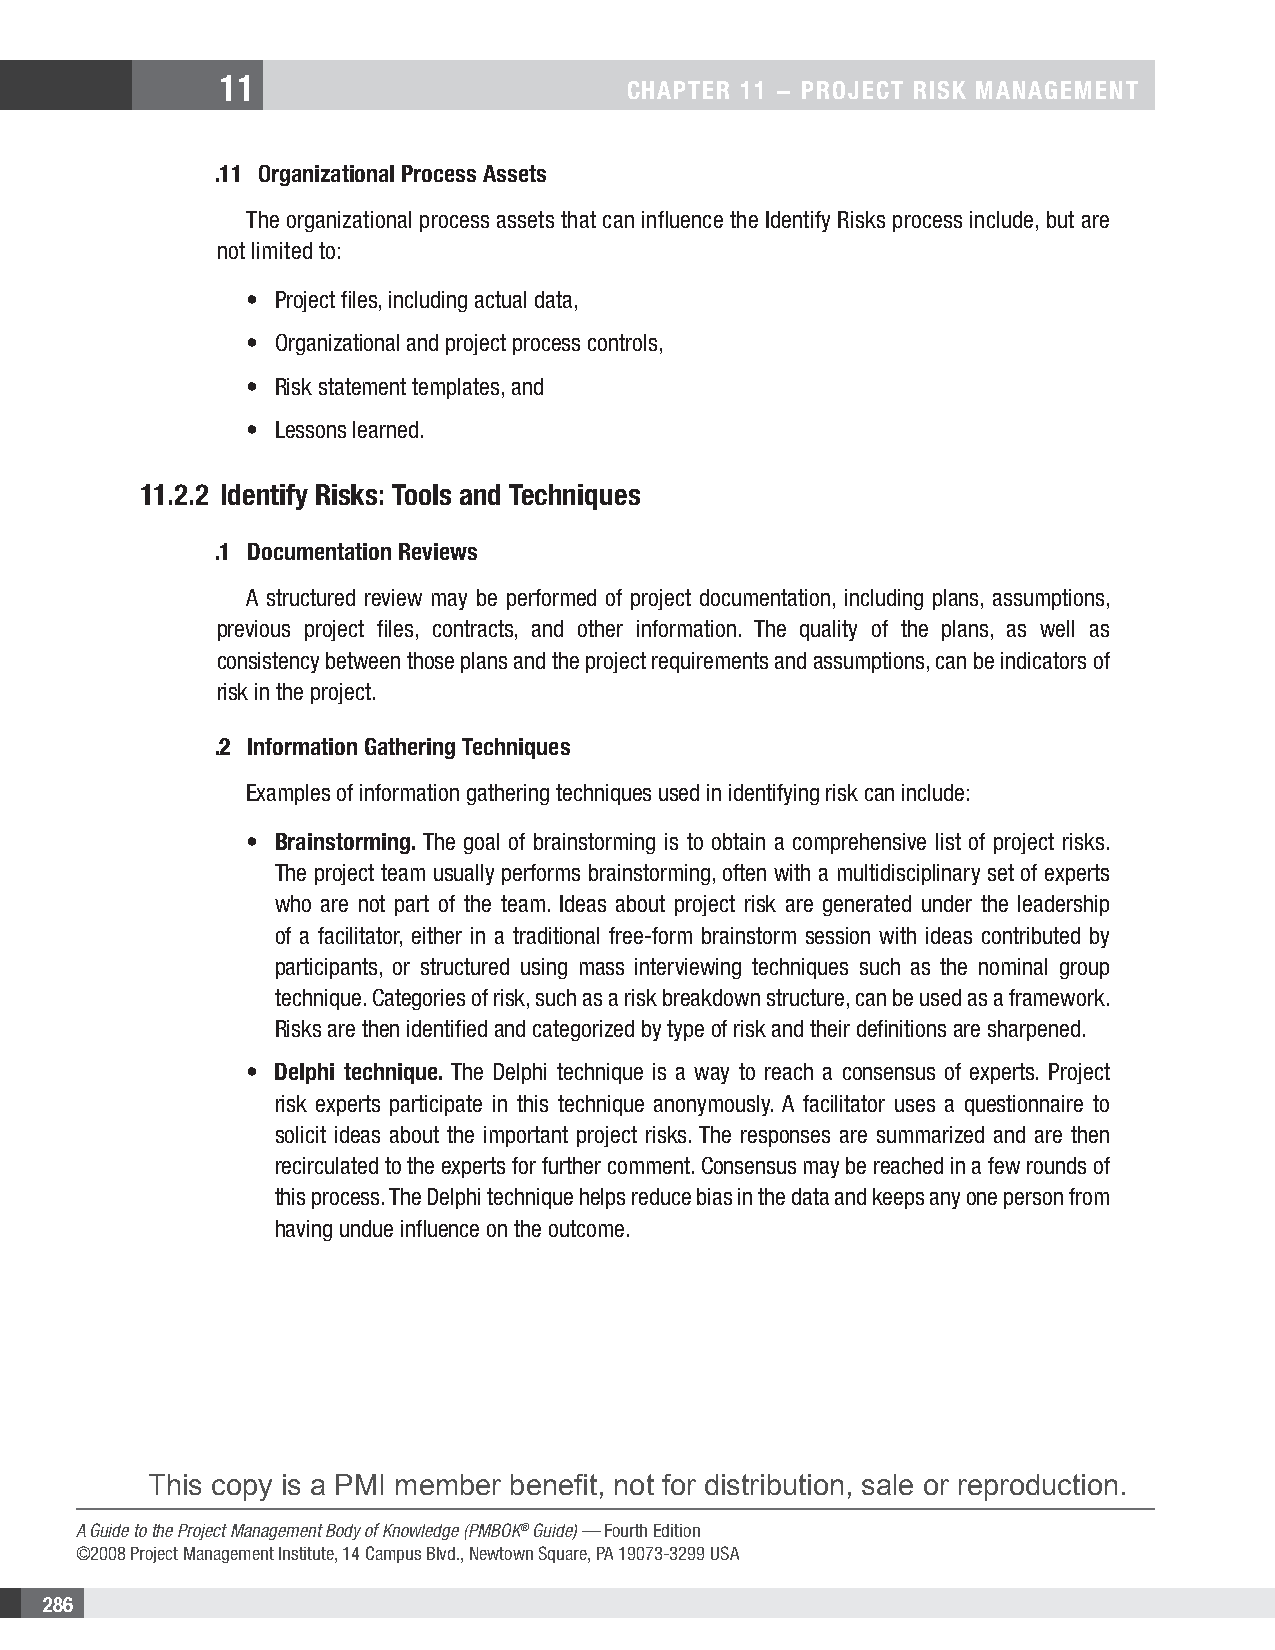
11
 CHAPTER 11 − PROjECT RIsk MAnAgEMEnT
 .11 Organizational Process Assets
 The organizational process assets that can influence the Identify Risks process include, but are
 not limited to:
 • Project files, including actual data,
 • Organizational and project process controls,
 • Risk statement templates, and
 • Lessons learned.
 11.2.2 Identify Risks: Tools and Techniques
 .1 Documentation Reviews
 A structured review may be performed of project documentation, including plans, assumptions,
 previous project files, contracts, and other information. The quality of the plans, as well as
 consistency between those plans and the project requirements and assumptions, can be indicators of
 risk in the project.
 .2 Information gathering Techniques
 Examples of information gathering techniques used in identifying risk can include:
 • Brainstorming. The goal of brainstorming is to obtain a comprehensive list of project risks.
 The project team usually performs brainstorming, often with a multidisciplinary set of experts
 who are not part of the team. Ideas about project risk are generated under the leadership
 of a facilitator, either in a traditional free-form brainstorm session with ideas contributed by
 participants, or structured using mass interviewing techniques such as the nominal group
 technique. Categories of risk, such as a risk breakdown structure, can be used as a framework.
 Risks are then identified and categorized by type of risk and their definitions are sharpened.
 • Delphi technique. The Delphi technique is a way to reach a consensus of experts. Project
 risk experts participate in this technique anonymously. A facilitator uses a questionnaire to
 solicit ideas about the important project risks. The responses are summarized and are then
 recirculated to the experts for further comment. Consensus may be reached in a few rounds of
 this process. The Delphi technique helps reduce bias in the data and keeps any one person from
 having undue influence on the outcome.
 This copy is a PMI member benefit, not for distribution, sale or reproduction.
 A Guide to the Project Management Body of Knowledge (PMBOK® Guide) — Fourth Edition
 ©2008 Project Management Institute, 14 Campus Blvd., Newtown Square, PA 19073-3299 USA
 286